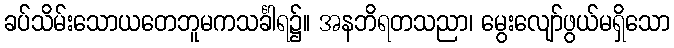
ခပ်သိမ်းသောယတေဘူမကသင်္ခါရ၌။ အနဘိရတသညာ၊ မွေးလျော်ဖွယ်မရှိသော